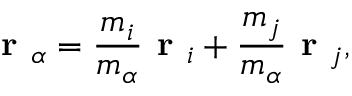
\textbf { r } _ { \alpha } = \frac { m _ { i } } { m _ { \alpha } } \textbf { r } _ { i } + \frac { m _ { j } } { m _ { \alpha } } \textbf { r } _ { j } ,